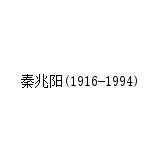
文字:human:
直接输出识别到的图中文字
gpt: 秦兆阳(1916-1994)